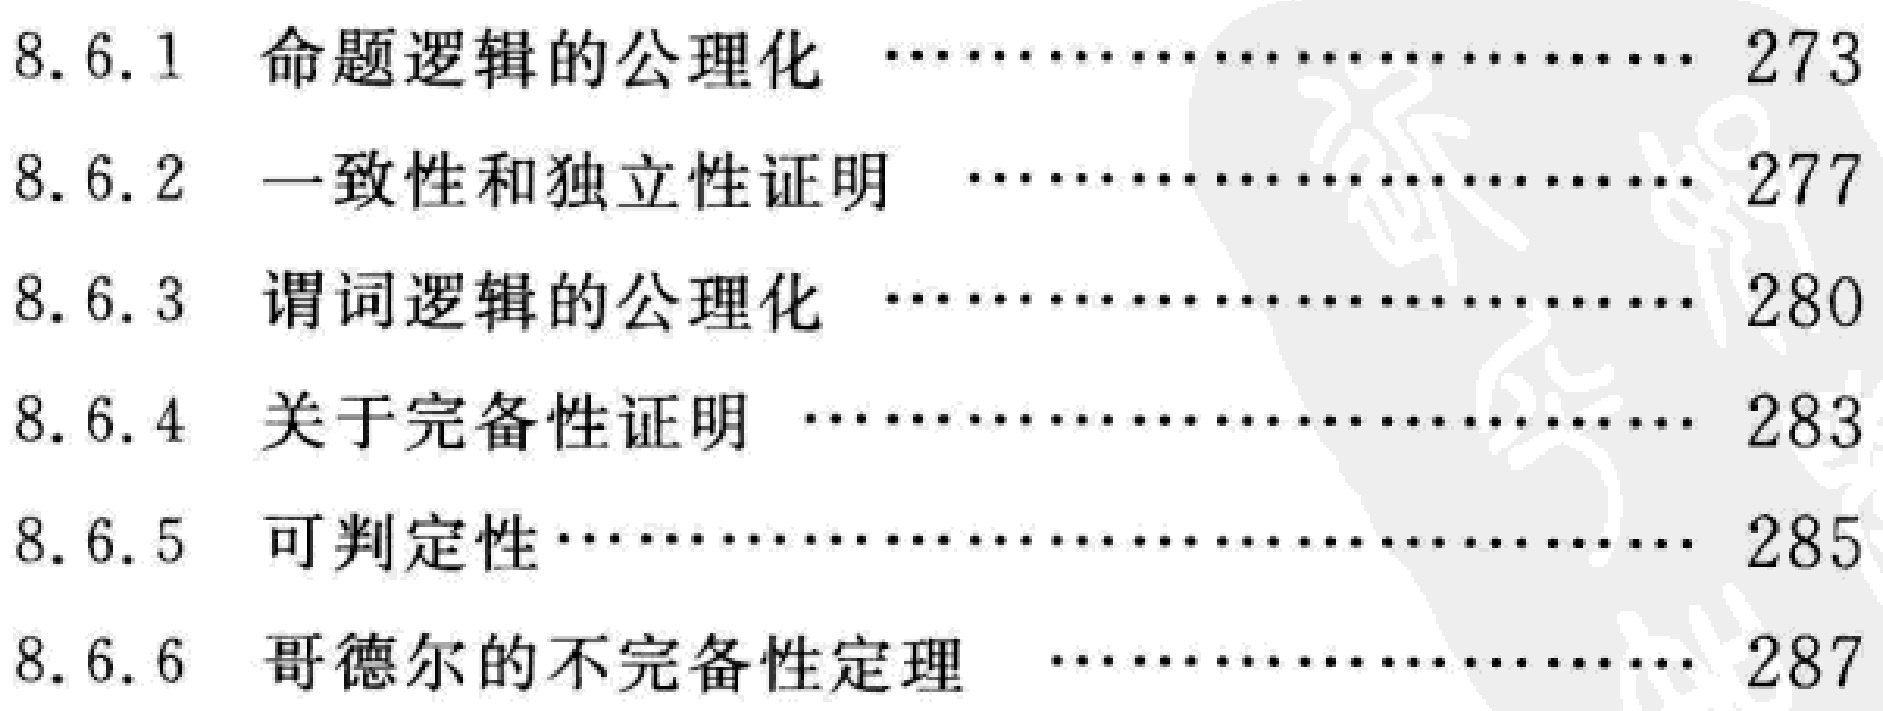
\begin{enumerate}

\item[8.6.1] 命题逻辑的公理化 \hfill 273

\item[8.6.2] 一致性和独立性证明 \hfill 277

\item[8.6.3] 谓词逻辑的公理化 \hfill 280

\item[8.6.4] 关于完备性证明 \hfill 283

\item[8.6.5] 可判定性 \hfill 285

\item[8.6.6] 哥德尔的不完备性定理 \hfill 287

\end{enumerate}